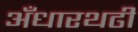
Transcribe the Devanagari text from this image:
अँधारथढी